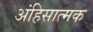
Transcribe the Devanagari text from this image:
अंहिसात्मक